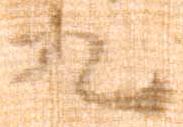
九